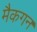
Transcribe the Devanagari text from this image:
मैकगन